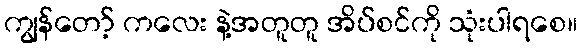
ကျွန်တော့် ကလေး နဲ့အတူတူ အိပ်စင်ကို သုံးပါရစေ။